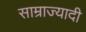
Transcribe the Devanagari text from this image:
साम्राज्यादी